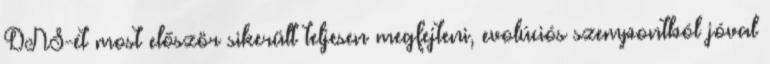
DNS-ét most először sikerült teljesen megfejteni, evolúciós szempontból jóval